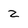
Character: 2